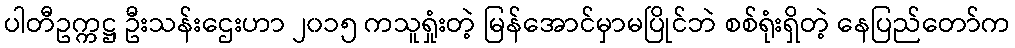
ပါတီဥက္ကဋ္ဌ ဦးသန်းဌေးဟာ ၂၀၁၅ ကသူရှုံးတဲ့ မြန်အောင်မှာမပြိုင်ဘဲ စစ်ရုံးရှိတဲ့ နေပြည်တော်က